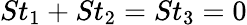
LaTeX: St_{1}+St_{2}=St_{3}=0